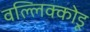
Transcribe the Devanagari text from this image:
वल्लिक्कोडू